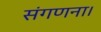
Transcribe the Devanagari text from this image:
संगणना।